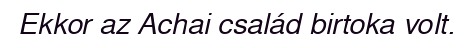
Ekkor az Achai család birtoka volt.